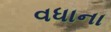
વધાના